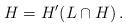
LaTeX: \begin{align*} H= H' (L\cap H)\, .\end{align*}